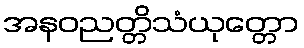
အနဝညတ္တိသံယုတ္တော